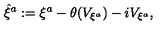
{ \hat { \xi } } ^ { a } : = \xi ^ { a } - \theta ( V _ { \xi ^ { a } } ) - i V _ { \xi ^ { a } } ,